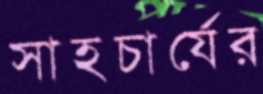
সাহচার্যের